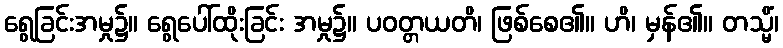
ရွေခြင်းအမှု၌။ ရွေပေါ်ထိုးခြင်း အမှု၌။ ပဝတ္တယတိ၊ ဖြစ်စေ၏။ ဟိ၊ မှန်၏။ တသ္မိံ၊